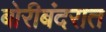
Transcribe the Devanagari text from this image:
बोरीबंदरात